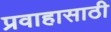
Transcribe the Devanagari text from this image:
प्रवाहासाठी